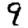
Digit: 9